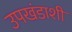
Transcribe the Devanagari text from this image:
उपखंडाशी